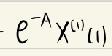
$-e^{-A}x^{(t)}(t)$